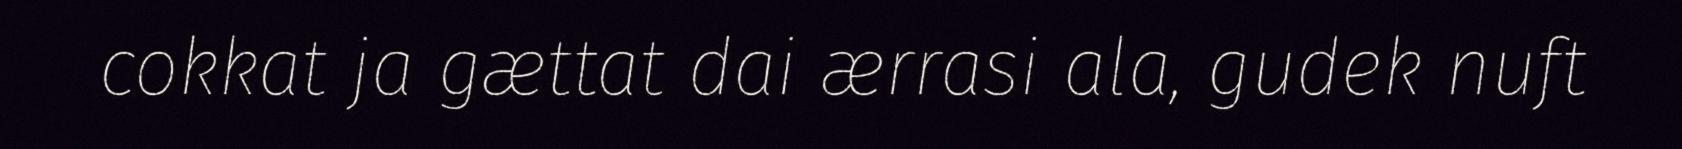
cokkat ja gættat dai ærrasi ala, gudek nuft